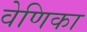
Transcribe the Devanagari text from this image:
वेणिका